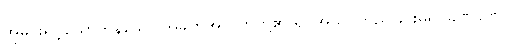
အိုမင်းရင့်ယော်ကုန်သော အခက်အလက်တို့၏ ရုပ်အသွင်တည်ခြင်းမရှိ၊ ခဏခဏ